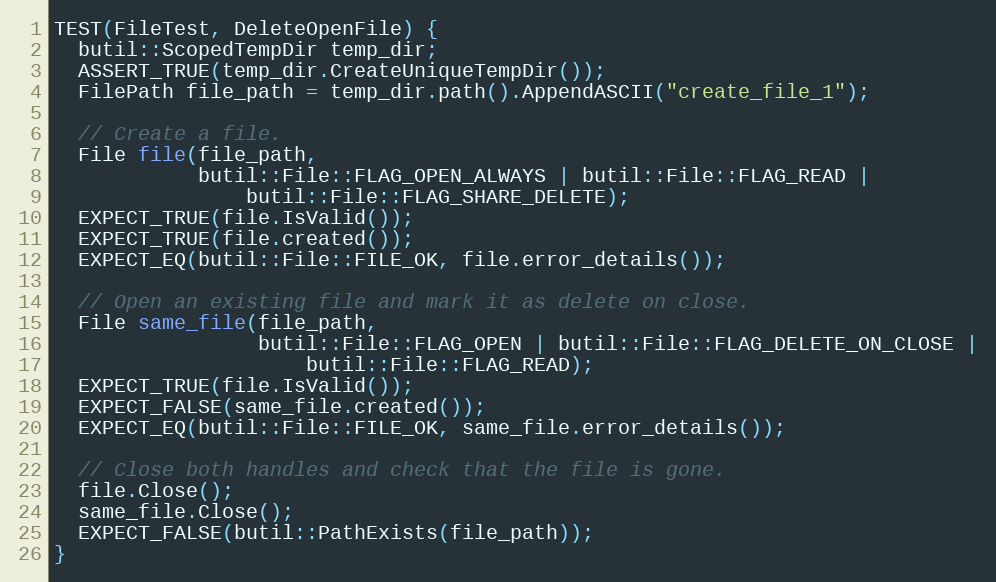
Language: C++
TEST(FileTest, DeleteOpenFile) {
  butil::ScopedTempDir temp_dir;
  ASSERT_TRUE(temp_dir.CreateUniqueTempDir());
  FilePath file_path = temp_dir.path().AppendASCII("create_file_1");

  // Create a file.
  File file(file_path,
            butil::File::FLAG_OPEN_ALWAYS | butil::File::FLAG_READ |
                butil::File::FLAG_SHARE_DELETE);
  EXPECT_TRUE(file.IsValid());
  EXPECT_TRUE(file.created());
  EXPECT_EQ(butil::File::FILE_OK, file.error_details());

  // Open an existing file and mark it as delete on close.
  File same_file(file_path,
                 butil::File::FLAG_OPEN | butil::File::FLAG_DELETE_ON_CLOSE |
                     butil::File::FLAG_READ);
  EXPECT_TRUE(file.IsValid());
  EXPECT_FALSE(same_file.created());
  EXPECT_EQ(butil::File::FILE_OK, same_file.error_details());

  // Close both handles and check that the file is gone.
  file.Close();
  same_file.Close();
  EXPECT_FALSE(butil::PathExists(file_path));
}